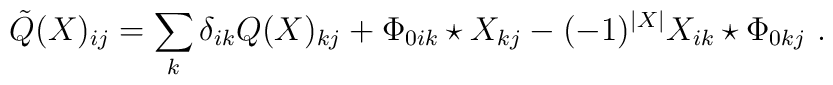
\tilde{Q}(X)_{ij}=\sum_{k}\delta_{ik}Q(X)_{kj}+\Phi_{0ik}\star X_{kj}-(-1)^{|X|}X_{ik}\star \Phi_{0kj} \ .